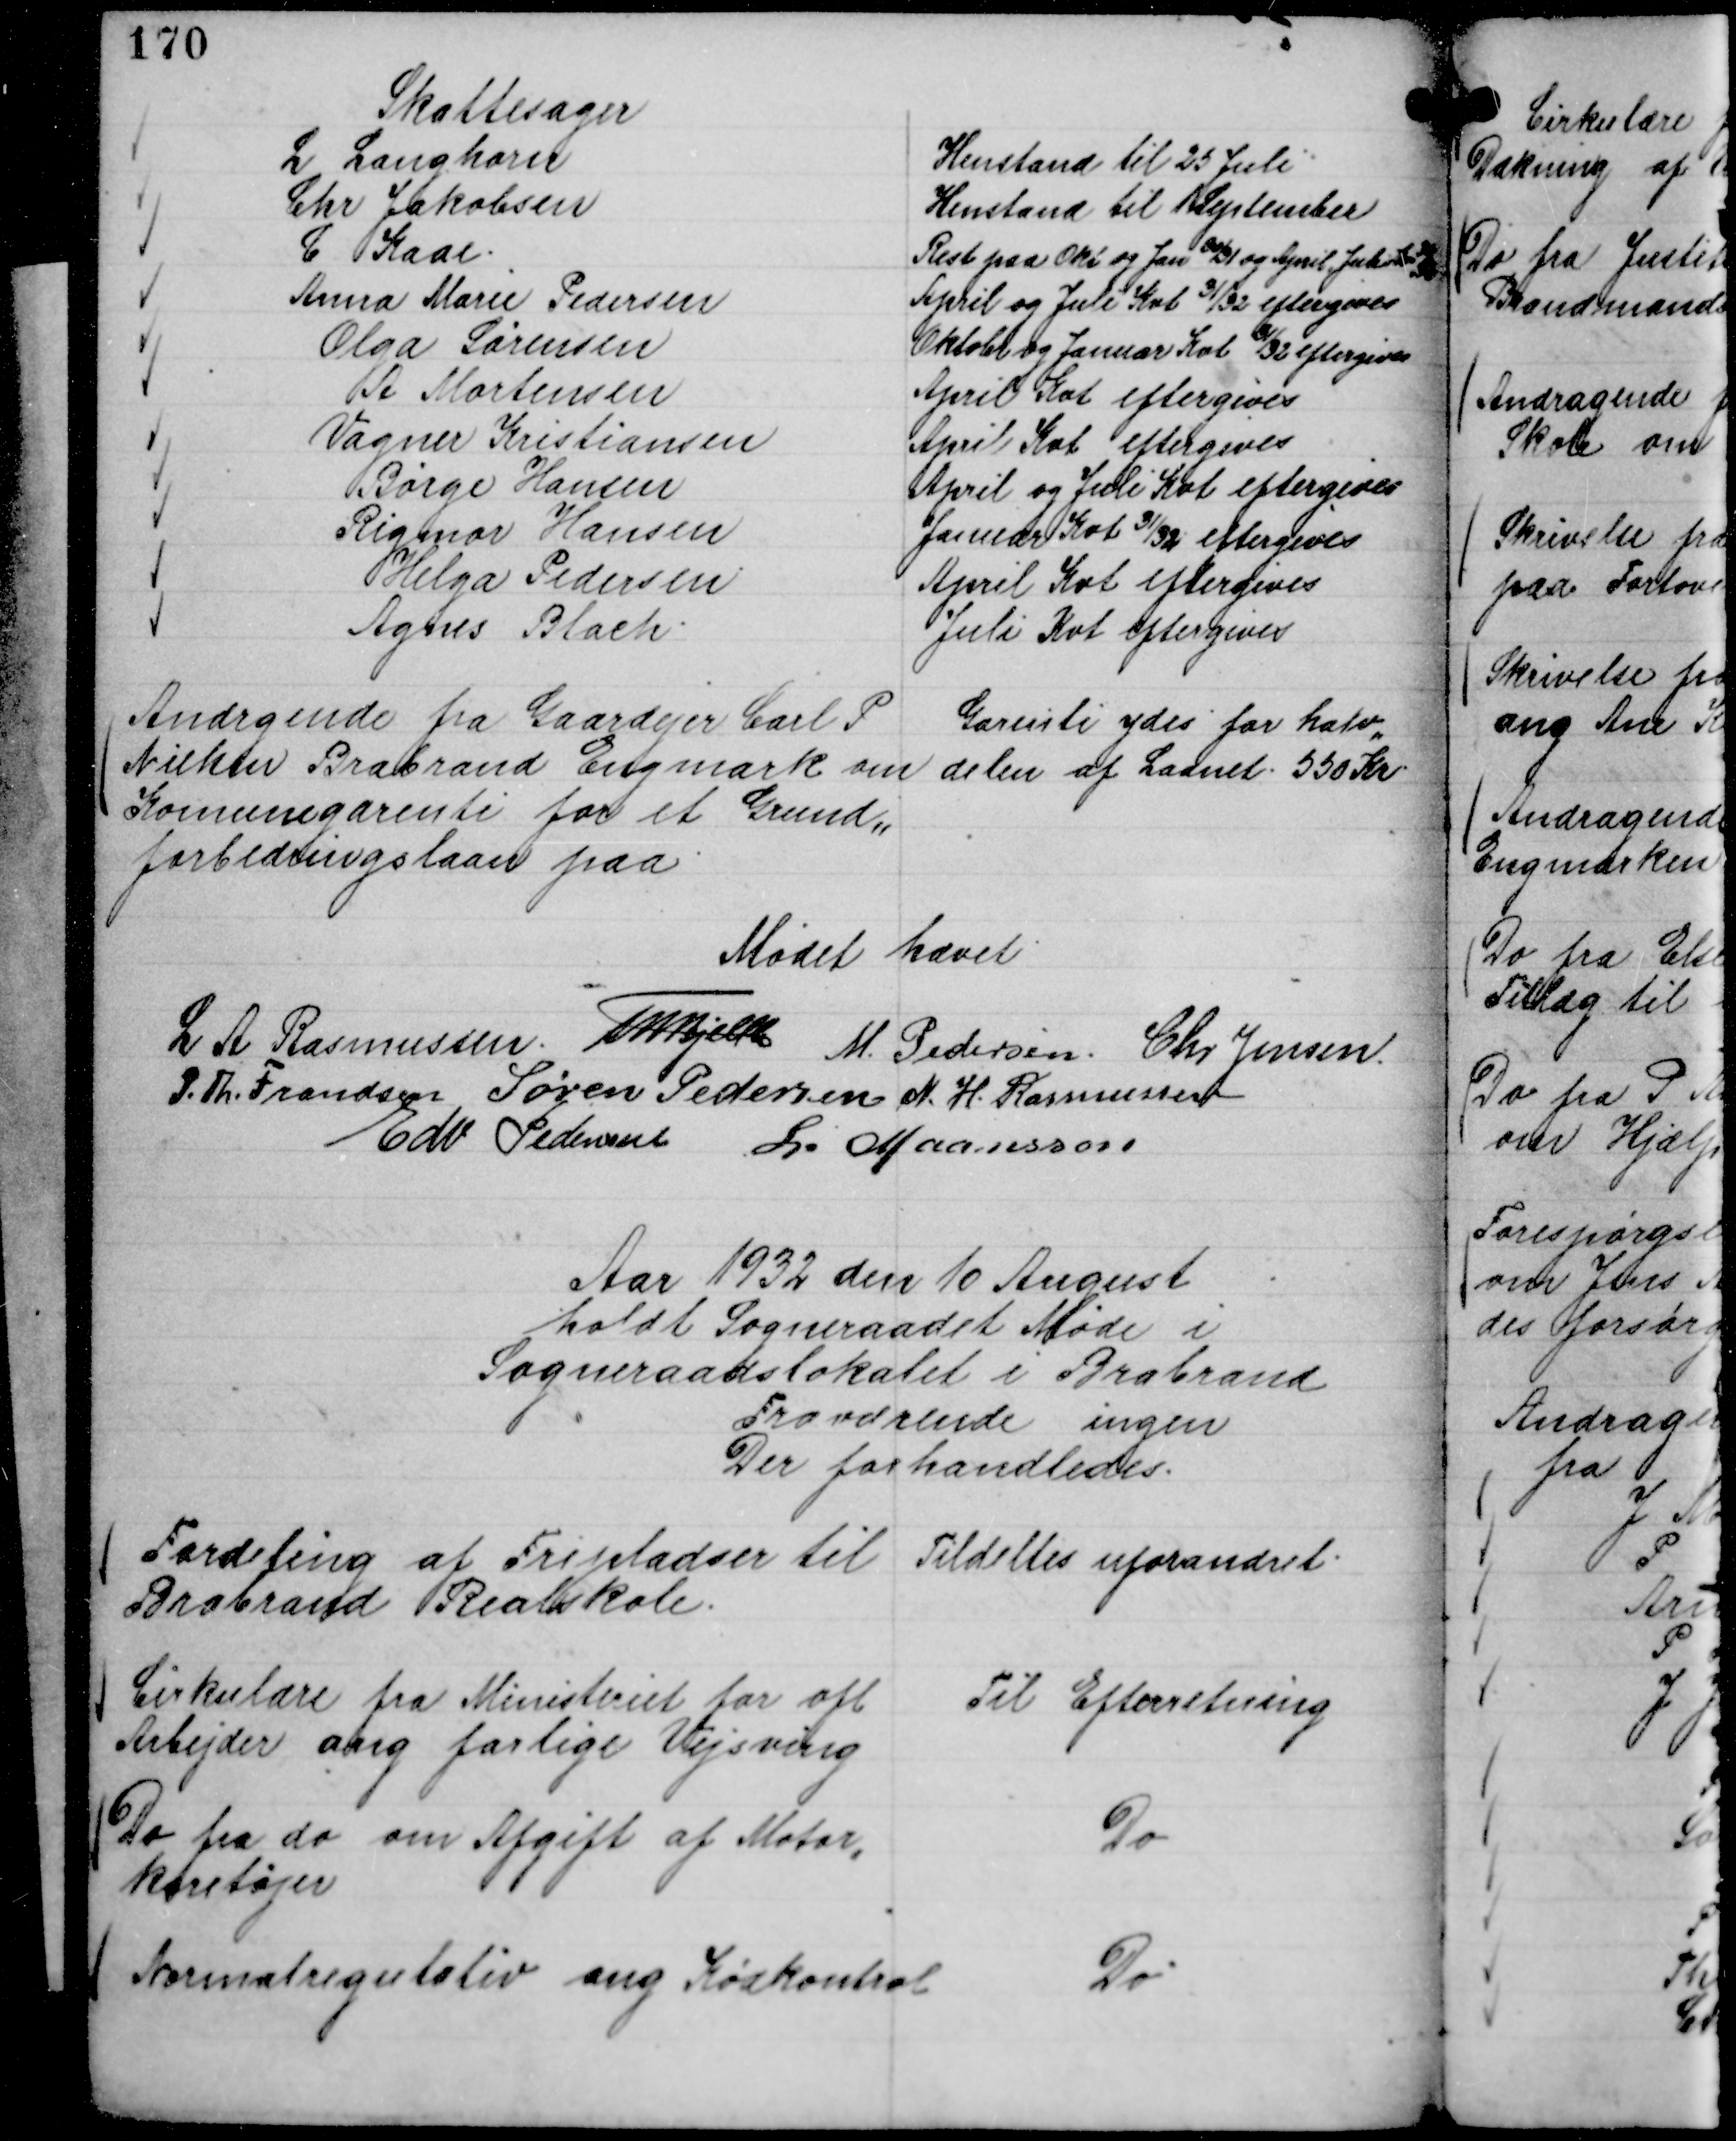
Transskription:
Skattesager
L Langhorn
Henstand til 25 Juli
Chr Jakobsen
Henstand til 1 September
C Kaae.
Rest paa Okt og Jan 30/31 og April Juli Kv

31/32
Anna Marie Pedersen
April og Juli Kvt 31/32 eftergives
Olga Sørensen
Oktobr og Januar Kvt 

31/32 eftergives
A Mortensen
April Kvt eftergives
Vagner Kristiansen
April Kvt eftergives
Børge Hansen
April og Juli Kvt eftergives
Rigmor Hansen
Januar Kvt

31/32 eftergives
Helga Pedersen
April Kvt eftergives
Agnes Blach.
Juli Kvt eftergives

Andragende fra Gaardejer Carl P
Nielsen Brabrand Engmark om
Komunegarenti for et Grund,,
forbedringslaan paa

Garenti ydes for halv,,
delen af Laanet 550 Kr.

Mødet hævet
L A Rasmussen.
Th Bjelke
M. Pedersen.
Chr Jensen.
P. Th. Frandsen
Søren Pedersen
N. H. Rasmussen
Edv Pedersen
L. Maansson

Aar 1932 den 10 August
holdt Sogneraadet Møde i
Sogneraadslokalet i Brabrand
Fraværende ingen
Der forhandledes.

Fordeling af Fripladser til
Brabrand Realskole.

Tildeltes uforandret.

Cirkulære fra Ministeriet for ofl
Arbejder ang farlige Vejsving

Til Efterretning

Do fra do om Afgift af Motor,,
køretøjer

Do

Normalregulativ ang Kødkontrol

Do.